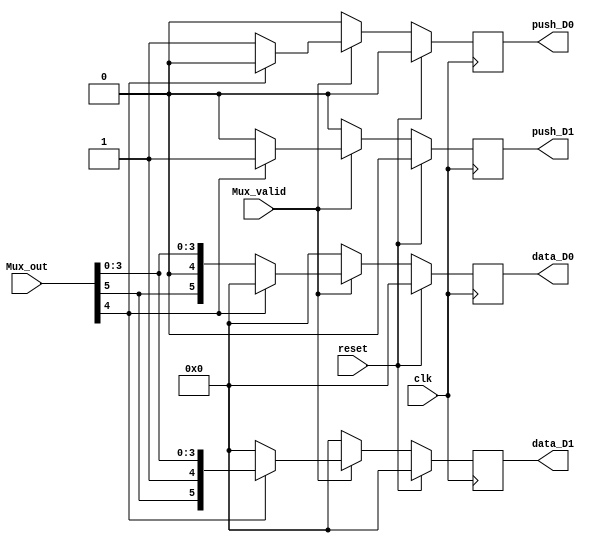
module demux_t #(parameter BITNUMBER = 6)(
    input clk, 
    input reset,
    input [BITNUMBER-1:0] Mux_out,
    input Mux_valid,
    output reg [BITNUMBER-1:0] data_D0,
    output reg [BITNUMBER-1:0] data_D1,
    output reg push_D0,
    output reg push_D1
);

always @(posedge clk) begin
    if (reset)
        {push_D0, push_D1, data_D0, data_D1} <= 0;
    else begin
        if (Mux_valid) begin
            if (Mux_out[BITNUMBER-2])begin
                push_D1 <= 1;
                data_D1 <= Mux_out;
                push_D0 <= 0;
                data_D0 <= 0;
            end
            else begin
                push_D0 <= 1;
                data_D0 <= Mux_out;
                push_D1 <= 0;
                data_D1 <= 0;
            end
        end
        else 
            {push_D0, push_D1, data_D0, data_D1} <= 0;
    end
end

endmodule